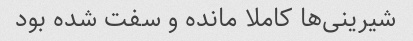
شیرینی‌ها کاملا مانده و سفت شده بود